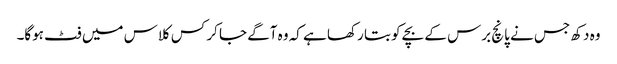
وہ دکھ جس نے پانچ برس کے بچے کو بتا رکھا ہے کہ وہ آگے جا کر کس کلاس میں فٹ ہوگا۔